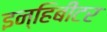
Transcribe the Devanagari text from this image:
इन्हिबीटर